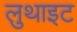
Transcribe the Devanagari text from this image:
लुथाइट